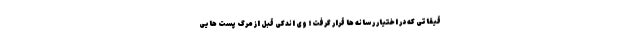
قیقاتی که در اختیار رسانه ها قرار گرفت؛ وی اندکی قبل از مرگ پست هایی